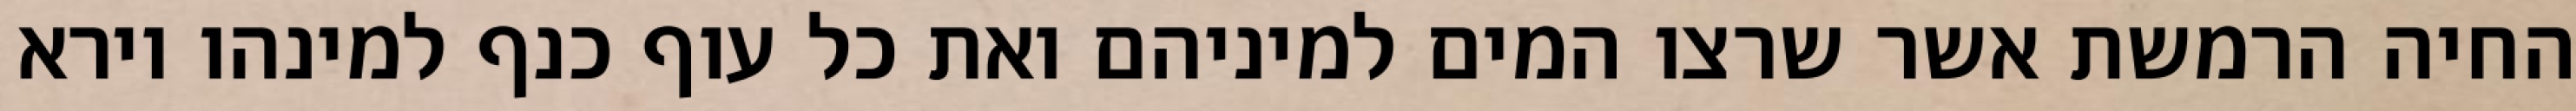
החיה הרמשת אשר שרצו המים למיניהם ואת כל עוף כנף למינהו וירא